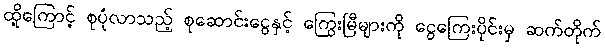
ထို့ကြောင့် စုပုံလာသည့် စုဆောင်းငွေနှင့် ကြွေးမြီများကို ငွေကြေးပိုင်းမှ ဆက်တိုက်